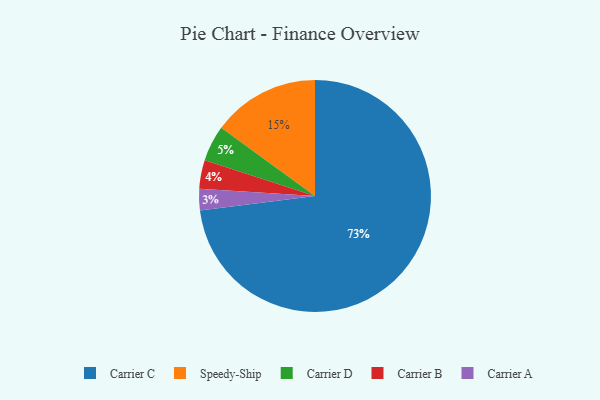
{"axis": {"x": "Category", "y": "Percentage"}, "legend": ["Carrier A", "Carrier B", "Carrier C", "Carrier D", "Speedy-Ship"], "data": [{"x": "Carrier D", "y": 5, "type": "Carrier D"}, {"x": "Carrier C", "y": 73, "type": "Carrier C"}, {"x": "Carrier A", "y": 3, "type": "Carrier A"}, {"x": "Speedy-Ship", "y": 15, "type": "Speedy-Ship"}, {"x": "Carrier B", "y": 4, "type": "Carrier B"}]}